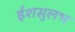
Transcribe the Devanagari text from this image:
ईशसुलभ